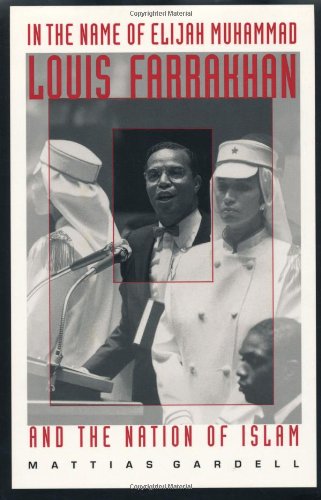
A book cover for In the Name of Elijah Muhammad: Louis Farrakhan and The Nation of Islam (The C. Eric Lincoln Series on the Black Experience); Mattias Gardell; Religion & Spirituality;